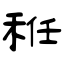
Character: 秹